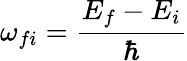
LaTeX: \omega_{fi}=\frac{E_{f}-E_{i}}{\hbar}